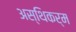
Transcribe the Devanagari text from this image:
अस्थिकर्म